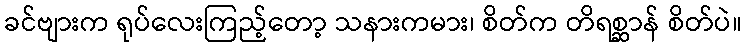
ခင်ဗျားက ရုပ်လေးကြည့်တော့ သနားကမား၊ စိတ်က တိရစ္ဆာန် စိတ်ပဲ။